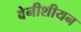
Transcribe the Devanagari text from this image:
वेनीशीयन